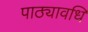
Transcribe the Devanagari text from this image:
पाठ्यावधि